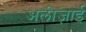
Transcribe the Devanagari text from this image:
अलीज़ाई